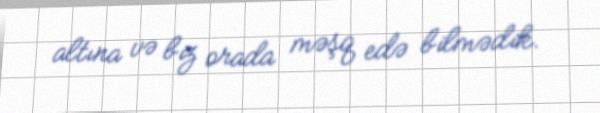
altına və biz orada məşq edə bilmədik.